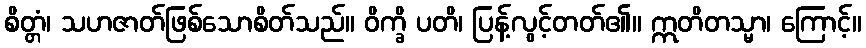
စိတ္တံ၊ သဟဇာတ်ဖြစ်သောစိတ်သည်။ ဝိက္ခိ ပတိ၊ ပြန့်လွင့်တတ်၏။ ဣတိတသ္မာ၊ ကြောင့်။